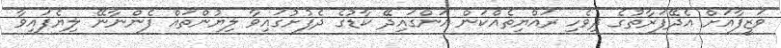
ވަޒީފާއަށް އެދޭފަރާތުގެ ދިވެހި ރައްޔިތެއްކަން އަންގައިދޭ ކާޑުގެ ދެފުށުގައިވާ ލިޔުންތައް ފެންނާނޭ ލިޔެފައިވާ